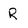
Character: R